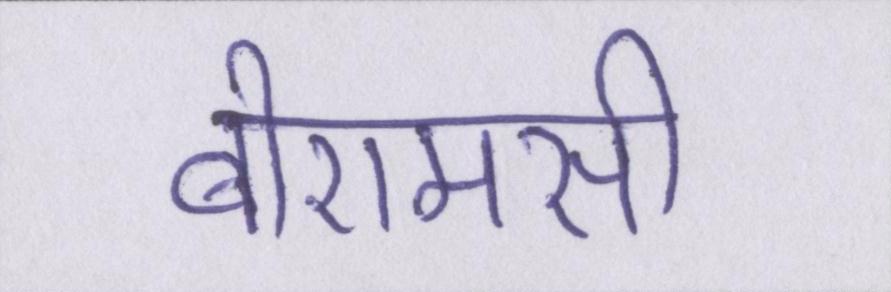
बीएमसी